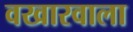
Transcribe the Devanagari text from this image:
वखारवाला